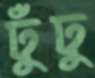
ঢুঁঢু